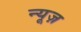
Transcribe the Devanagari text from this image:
न्‍यूज़